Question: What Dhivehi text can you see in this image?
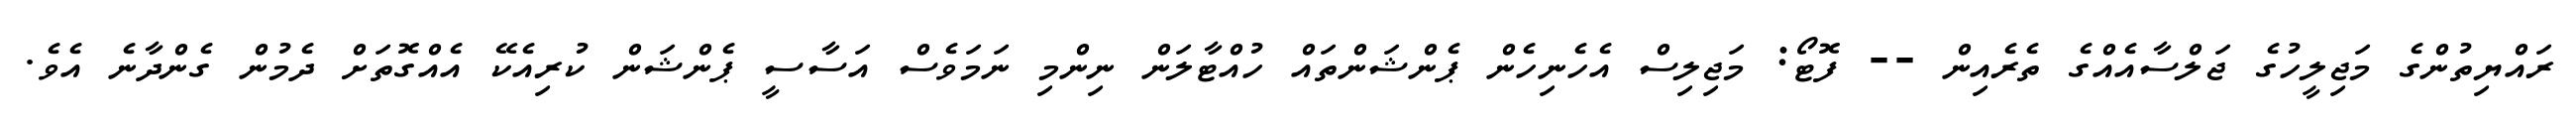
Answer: ރައްޔިތުންގެ މަޖިލީހުގެ ޖަލްސާއެއްގެ ތެރެއިން -- ފޮޓޯ: މަޖިލިސް އެހެނިހެން ޕެންޝަންތައް ހުއްޓާލަން ނިންމި ނަމަވެސް އަސާސީ ޕެންޝަން ކުރިއެކޭ އެއްގޮތަށް ދެމުން ގެންދާނެ އެވެ.